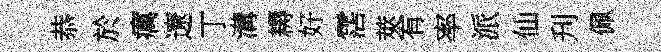
恭於癘遼丁溝耨好霑莢有率派仙刋佩